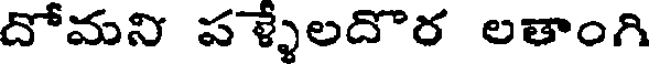
దోమని పళ్ళలదొర లతాంగి